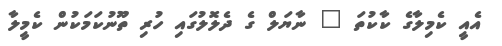
އެއީ ކެމިލާގެ ކާކުތަ " ނާޔަލް ގެ ދެލޮލުގައި ހުރި ތޫނުކަމަކުން ކެމީލާ